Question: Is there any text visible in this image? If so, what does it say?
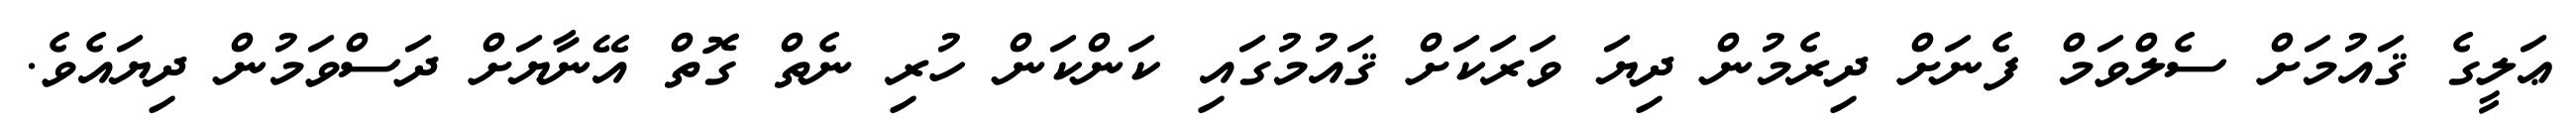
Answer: ޢަލީގެ ޤައުމަށް ސެލްވަމް ފެނަށް ދިރެމުން ދިޔަ ވަރަކަށް ޤައުމުގައި ކަންކަން ހުރި ނެތް ގޮތް އޭނާޔަށް ދަސްވަމުން ދިޔައެވެ.